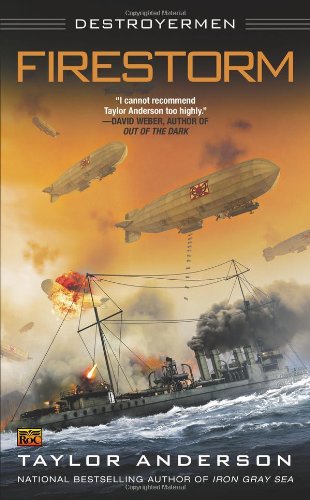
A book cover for Firestorm (Destroyermen); Taylor Anderson; Science Fiction & Fantasy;